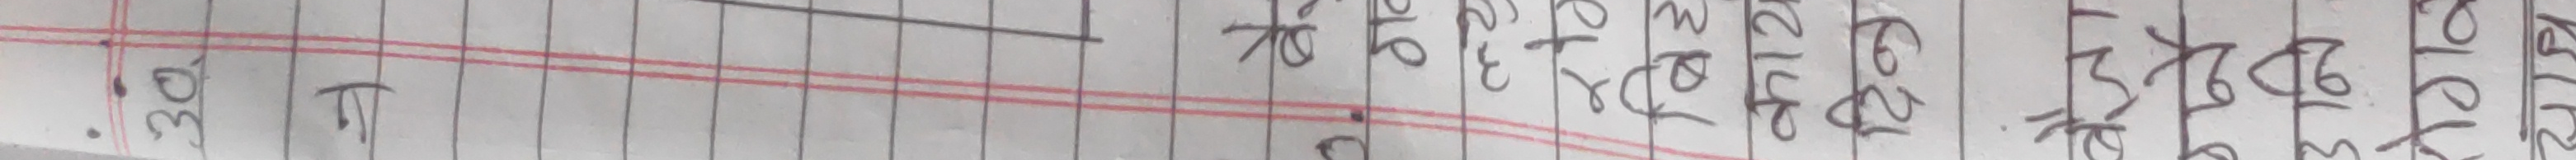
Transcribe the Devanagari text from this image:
३०° गा ६६, १०१. ११७६ २१५, ८६२.